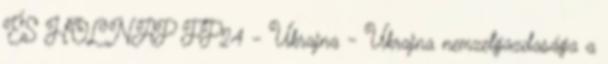
ÉS HOLNAP FP24 - Ukrajna - Ukrajna nemzetgazdasága a